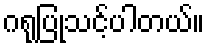
ဂရုပြုသင့်ပါတယ်။